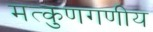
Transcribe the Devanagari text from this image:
मत्कुणगणीय